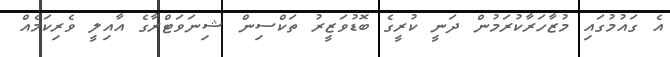
އެ ގައުމުގައި މުޒާހަރާކުރަމުން ދަނީ ކުރީގެ ބޮޑުވަޒީރު ތަކްސިން ޝިނަވަޓްރާގެ އާއިލީ ވެރިކަމެއް